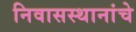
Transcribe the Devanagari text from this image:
निवासस्थानांचे